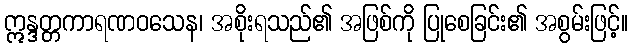
ဣန္ဒတ္တကာရဏဝသေန၊ အစိုးရသည်၏ အဖြစ်ကို ပြုစေခြင်း၏ အစွမ်းဖြင့်။